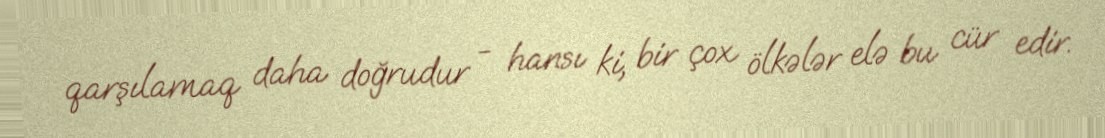
qarşılamaq daha doğrudur - hansı ki, bir çox ölkələr elə bu cür edir.